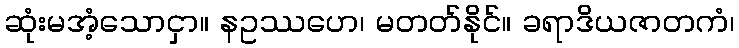
ဆုံးမအံ့သောငှာ။ နဥဿဟေ၊ မတတ်နိုင်။ ခရာဒိယဇာတကံ၊